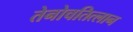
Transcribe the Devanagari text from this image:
तेनोचतित्लान